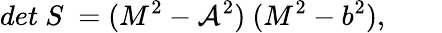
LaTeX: det~S~=(M^{2}-\mathcal{A}^{2})~(M^{2}-b^{2}),\qquad